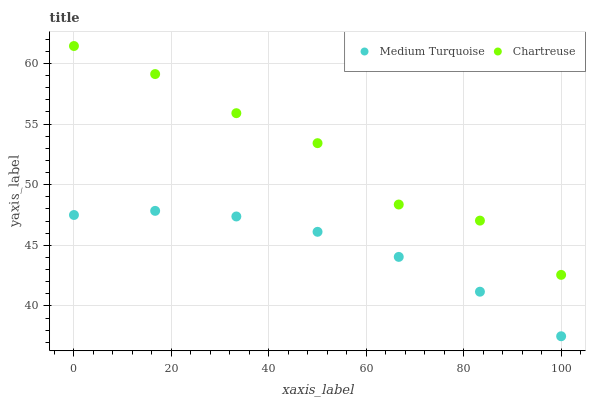
| xaxis_label | Medium Turquoise | Chartreuse |
 | --- | --- | --- |
 | 0 | 47.5 | 61.4 |
 | 16.7 | 47.8 | 59.1 |
 | 33.3 | 47.4 | 55.9 |
 | 50 | 46.1 | 53.4 |
 | 66.7 | 44 | 48.4 |
 | 83.3 | 41.2 | 47 |
 | 100 | 37.5 | 42.6 |